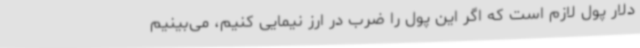
دلار پول لازم است که اگر این پول را ضرب در ارز نیمایی کنیم، می‌بینیم